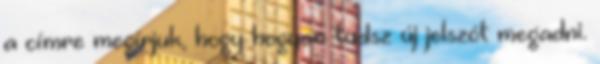
a címre megírjuk, hogy hogyan tudsz új jelszót megadni.